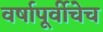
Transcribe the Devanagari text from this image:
वर्षापूर्वीचेच